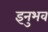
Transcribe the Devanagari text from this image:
इनुभव